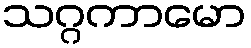
သဂ္ဂကာမော